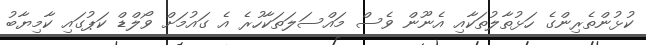
ކުޅުންތެރިންގެ ހަޅުތާލުތަކާއި އެނޫން ވެސް މައްސަލަތަކާހުރެ އެ ގައުމަށް ވޯލްޑް ކަޕުގައި ކާމިޔާބު